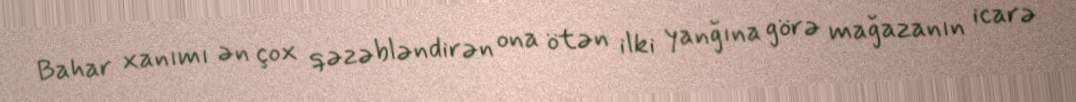
Bahar xanımı ən çox qəzəbləndirən ona ötən ilki yanğına görə mağazanın icarə